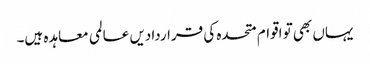
یہاں بھی تو اقوام متحدہ کی قراردادیں عالمی معاہدہ ہیں۔